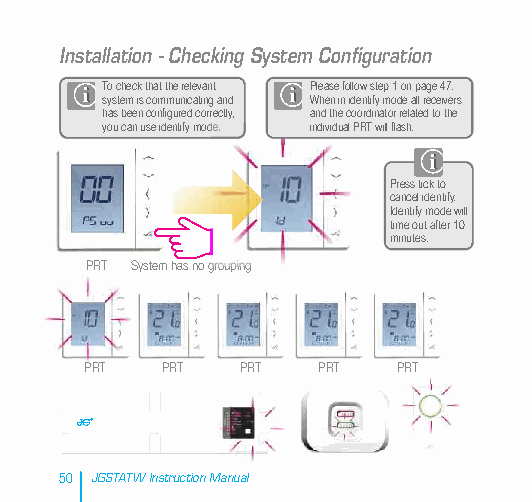
Installation - Checking System Configuration
 To check that the relevant Please follow step 1 on page 47.
 system is communicating and When in identify mode all receivers
 has been configured correctly, and the coordinator related to the
 you can use identify mode. individual PRT will flash.
 Press tick to
 cancel identify.
 Identify mode will
 time out after 10
 minutes.
 PRT System has no grouping
 PRT  PRT  PRT  PRT  PRT
 50 JGSTATW Instruction Manual